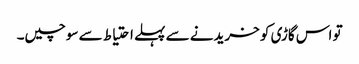
تو اس گاڑی کو خریدنے سے پہلے احتیاط سے سوچیں۔